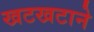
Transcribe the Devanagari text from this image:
खटखटाने